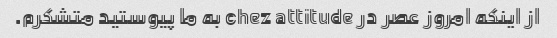
از اینکه امروز عصر در chez attitude به ما پیوستید متشکرم.